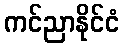
ကင်ညာနိုင်ငံ